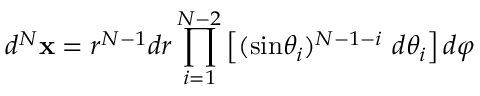
d ^ { N } \mathbf { x } = r ^ { N - 1 } d r \prod _ { i = 1 } ^ { N - 2 } \left[ ( \mathrm { s i n } \theta _ { i } ) ^ { N - 1 - i } \ d \theta _ { i } \right] d \varphi